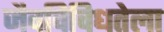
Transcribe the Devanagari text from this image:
जैवविविधतेला